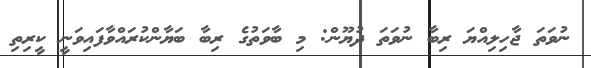
ނުވަތަ ޖާހިލިއްޔަ ރިބާ ނުވަތަ ދުޔޫން: މި ބާވަތުގެ ރިބާ ބަޔާންކުރައްވާފައިވަނީ ކީރިތި